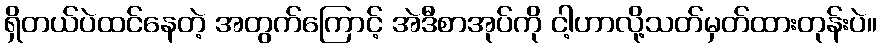
ရှိတယ်ပဲထင်နေတဲ့ အတွက်ကြောင့် အဲဒီစာအုပ်ကို ငါ့ဟာလို့သတ်မှတ်ထားတုန်းပဲ။